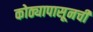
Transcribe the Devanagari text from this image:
कोठ्यापासूनची